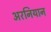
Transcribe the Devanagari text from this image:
अरनियान